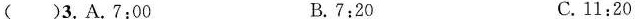
()3.A.7:00 B.7:20 C.11:20